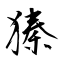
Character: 獉